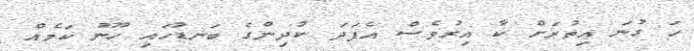
ހަ ގުނަ އިތުރަށް ކާ އިރުވެސް އެފަދަ ކުދިންގެ ބަނޑުހައި ހޫނު ކަމެއް